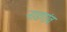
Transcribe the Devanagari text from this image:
नाडगांव